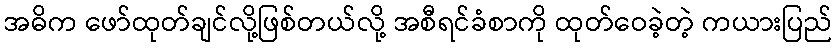
အဓိက ဖော်ထုတ်ချင်လို့ဖြစ်တယ်လို့ အစီရင်ခံစာကို ထုတ်ဝေခဲ့တဲ့ ကယားပြည်